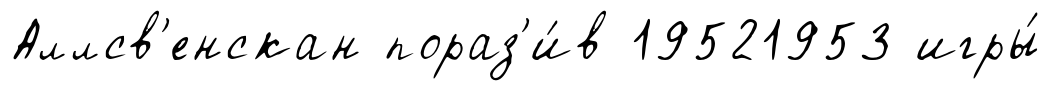
Аллсв'енскан пораз'и́в 19521953 игры́